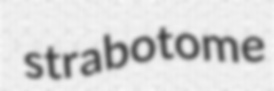
strabotome